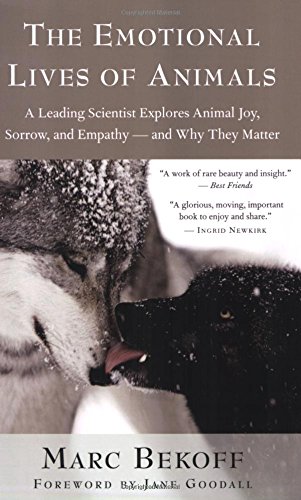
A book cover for The Emotional Lives of Animals: A Leading Scientist Explores Animal Joy, Sorrow, and Empathy EE and Why They Matter; Marc Bekoff; Self-Help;